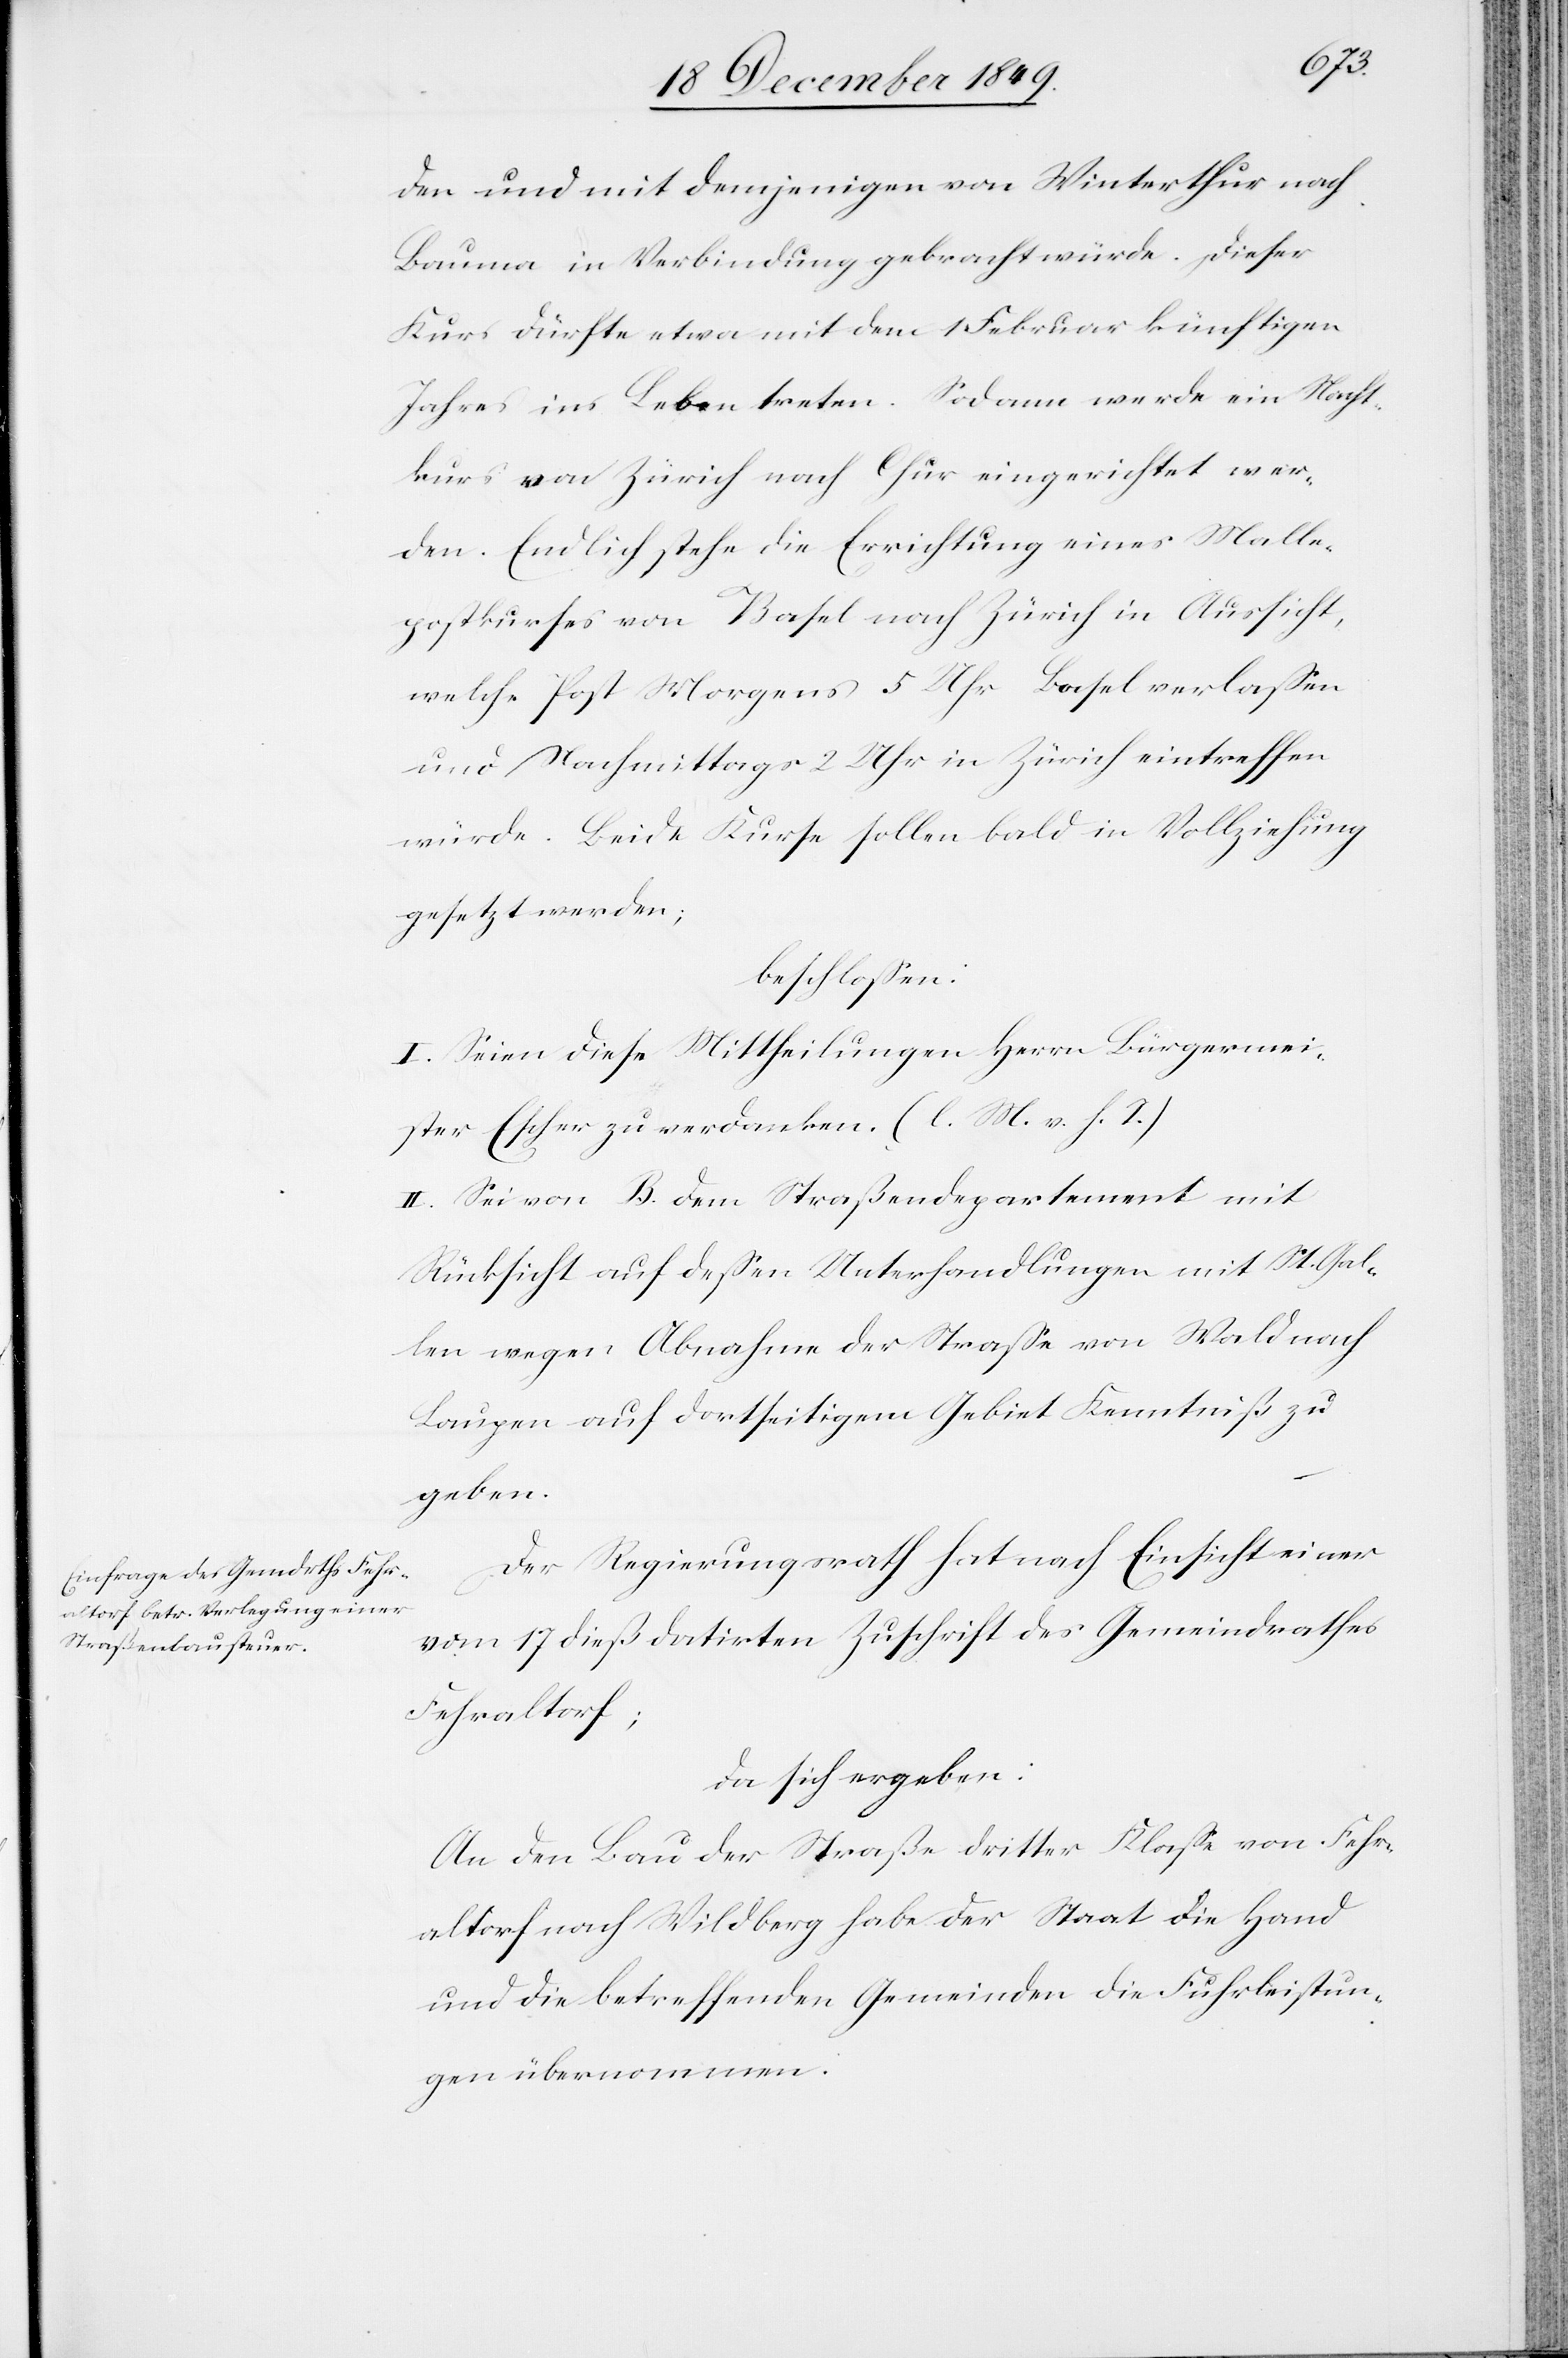
den und mit demjenigen von Winterthur nach
Bauma in Verbindung gebracht würde. Dieser
Kurs dürfte etwa mit dem 1 Februar künftigen
Jahres ins Leben treten. Sodann werde ein Nacht¬
kurs von Zürich nach Chur eingerichtet wer¬
den. Endlich stehe die Errichtung eines Malle¬
postkurses von Basel nach Zürich in Aussicht,
welche Post Morgens 5 Uhr Basel verlaßen
und Nachmittags 2 Uhr in Zürich eintreffen
würde. Beide Kurse sollen bald in Vollziehung
gesetzt werden;
beschloßen:
I. Seien diese Mittheilungen Herrn Bürgermei¬
ster Escher zu verdanken. [l. M. v. h. T]
II. Sei von B. dem Straßendepartement mit
Rücksicht auf deßen Unterhandlungen mit St. Gal¬
len wegen Abnahme der Straße von Wald nach
Laupen auf dortseitigem Gebiet Kenntniß zu
geben.
Der Regierungsrath hat nach Einsicht einer
vom 17 dieß datirten Zuschrift des Gemeindrathes
Fehraltorf;
da sich ergeben:
An den Bau der Straße dritter Klaße von Fehr¬
altorf nach Wildfang habe der Staat die Hand
und die betreffenden Gemeinden die Fuhrleistun¬
gen übernommen: